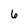
Character: 6